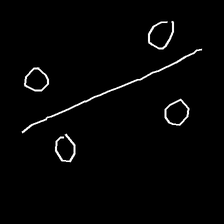
Glyph: cool